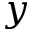
y